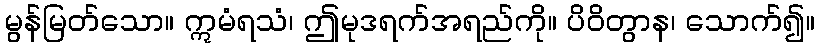
မွန်မြတ်သော။ ဣမံရသံ၊ ဤမုဒရက်အရည်ကို။ ပိဝိတွာန၊ သောက်၍။